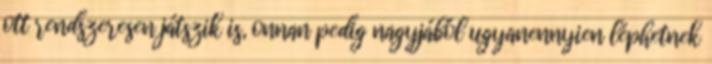
ott rendszeresen játszik is, onnan pedig nagyjából ugyanennyien léphetnek